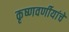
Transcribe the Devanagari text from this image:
कृष्णवर्णीयांचे